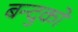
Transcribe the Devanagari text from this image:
बन्दुको